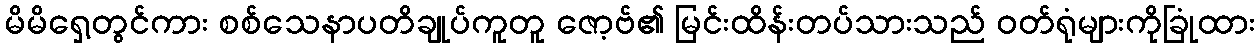
မိမိရှေ့တွင်ကား စစ်သေနာပတိချုပ်ကူတူ ဇော့ဗ်၏ မြင်းထိန်းတပ်သားသည် ဝတ်ရုံများကိုခြုံထား